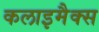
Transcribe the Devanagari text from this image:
कलाइमैक्स